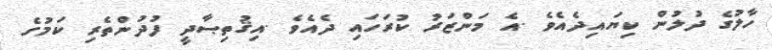
ހާލުގެ ދުލުން ކިޔައިދެއެވެ .އެ މަންޒަރު ކުރަހައި ދެއެވެ .އިޤުތިޞާދީ ފުދުންތެރި ކަމުގެ